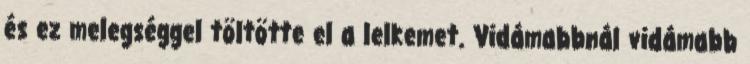
és ez melegséggel töltötte el a lelkemet. Vidámabbnál vidámabb